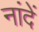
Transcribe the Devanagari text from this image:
नांदें